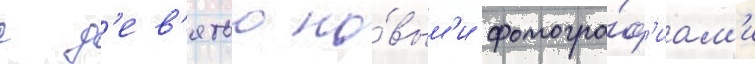
с д'ев'ятью но́вым'и фотогра́ф'иам'и